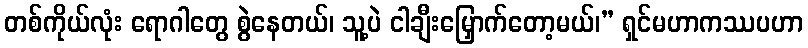
တစ်ကိုယ်လုံး ရောဂါတွေ စွဲနေတယ်၊ သူ့ပဲ ငါချီးမြှောက်တော့မယ်၊” ရှင်မဟာကဿပဟာ